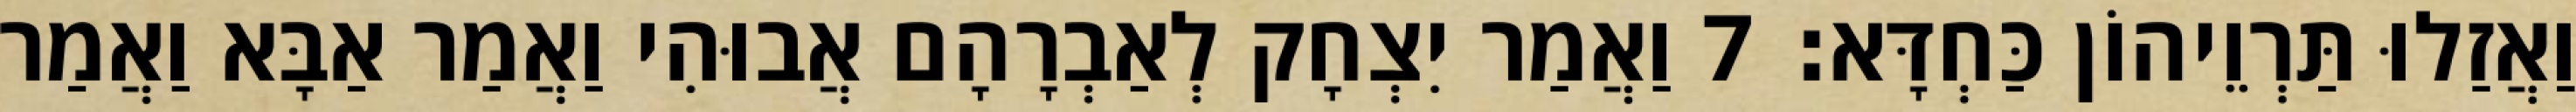
וַאֲזַלוּ תַּרְוֵיהוֹן כַּחְדָּא׃ 7 וַאֲמַר יִצְחָק לְאַבְרָהָם אֲבוּהִי וַאֲמַר אַבָּא וַאֲמַר